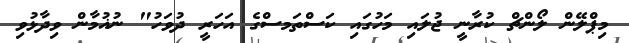
މިޕްލޭން ލޯންޗް ކުރާނީ ޖުލައި މަހުގައި ކަސްތަމސްގެ އަހަރީ ދުވަހު" ނުޣުމާން ވިދާޅުވި